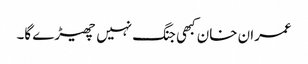
عمران خان کبھی جنگ نہیں چھیڑے گا۔